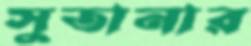
সুতানার